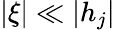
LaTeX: |\xi|\ll|h_{j}|